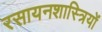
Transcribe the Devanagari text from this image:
रसायनशास्त्रियों